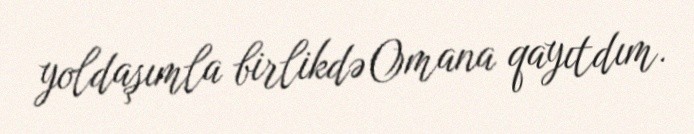
yoldaşımla birlikdə Omana qayıtdım.